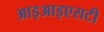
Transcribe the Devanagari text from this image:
आइआइएसटी